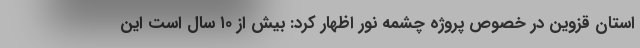
استان قزوین در خصوص پروژه چشمه نور اظهار کرد: بیش از ۱۰ سال است این